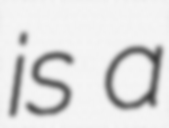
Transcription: is a